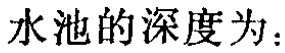
水池的深度为：